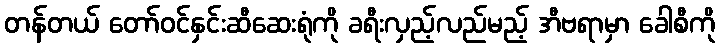
တန်တယ် တော်ဝင်နှင်းဆီဆေးရုံကို ခရီးလှည့်လည်မည့် အီဗရာမှာ ခေါစီကို